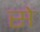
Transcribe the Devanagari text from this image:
से